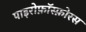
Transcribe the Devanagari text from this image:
पाइरोफ़ॉस्फ़ोरस